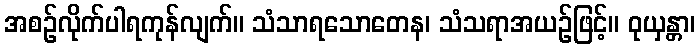
အစဉ်လိုက်ပါရကုန်လျက်။ သံသာရသောတေန၊ သံသရာအယဉ်ဖြင့်။ ဝုယှန္တာ၊